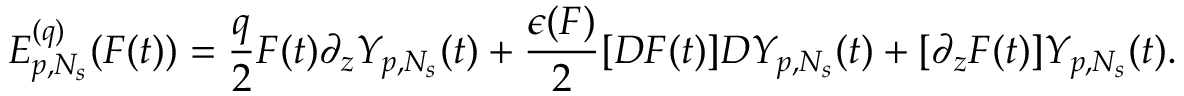
E _ { p , N _ { s } } ^ { ( q ) } ( F ( t ) ) = \frac { q } { 2 } F ( t ) \partial _ { z } Y _ { p , N _ { s } } ( t ) + \frac { \epsilon ( F ) } { 2 } [ D F ( t ) ] D Y _ { p , N _ { s } } ( t ) + [ \partial _ { z } F ( t ) ] Y _ { p , N _ { s } } ( t ) .